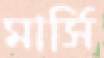
মার্সি